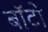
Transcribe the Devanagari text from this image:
बाॅटो